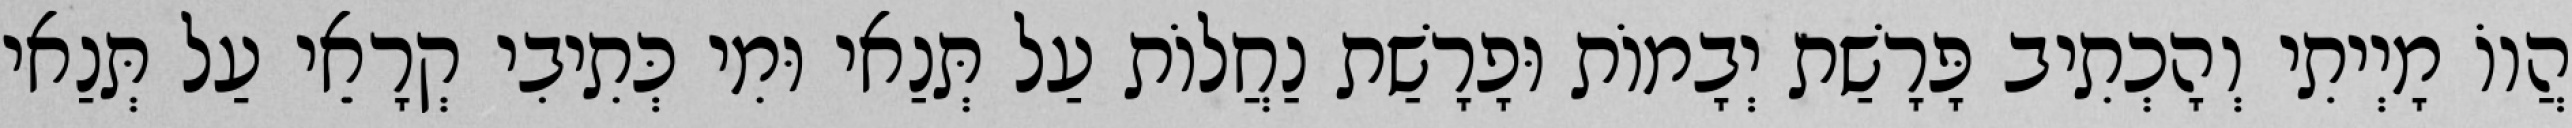
הֲווֹ מָיְיתִי וְהָכְתִיב פָּרָשַׁת יְבָמוֹת וּפָרָשַׁת נַחֲלוֹת עַל תְּנַאי וּמִי כְּתִיבִי קְרָאֵי עַל תְּנַאי